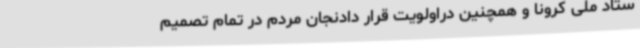
ستاد ملی کرونا و همچنین دراولویت قرار دادنجان مردم در تمام تصمیم